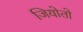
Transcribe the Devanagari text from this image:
जियोतो